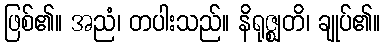
ဖြစ်၏။ အညံ၊ တပါးသည်။ နိရုဇ္ဈတိ၊ ချုပ်၏။